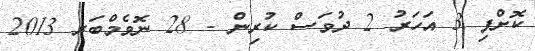
ކޮށްފި 3 އަހަރު 2 ދުވަސް ކުރިން - 28 ނޮވެމްބަރ 2013